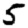
Digit: 5